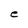
Character: e